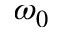
\omega _ { 0 }